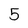
Character: 5